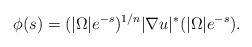
LaTeX: \begin{align*}\phi(s)=(|\Omega|e^{-s})^{1/n}|\nabla u|^{\ast}(|\Omega|e^{-s}).\end{align*}